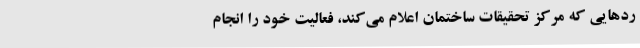
ردهایی که مرکز تحقیقات ساختمان اعلام می‌کند، فعالیت خود را انجام